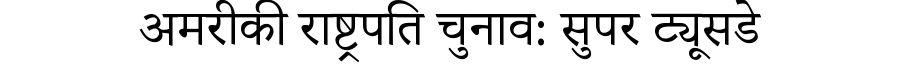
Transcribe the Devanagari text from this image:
अमरीकी राष्ट्रपति चुनाव: सुपर ट्यूसडे